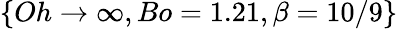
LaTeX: \{ Oh\rightarrow\infty,Bo=1.21,\beta=10/9\}